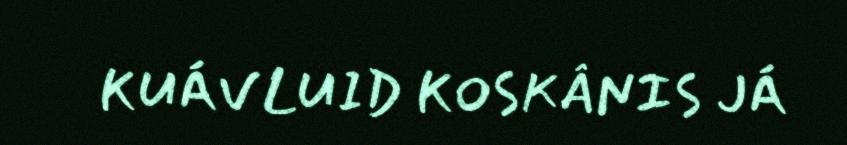
KUÁVLUID KOSKÂNIS JÁ